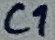
Text: C1